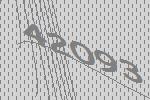
42093